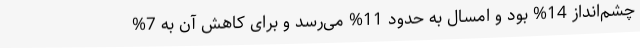
چشم‌انداز 14% بود و امسال به حدود 11% می‌رسد و برای کاهش آن به 7%